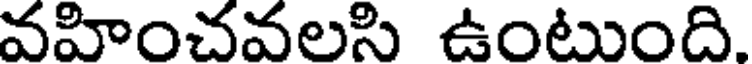
వహించవలసి ఉంటుంది.